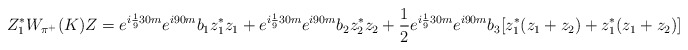
\begin{align*}Z_1^*W_{\pi^+}(K)Z= e^{i \frac19 30 m}e^{i 90 m}b_1 z_1^*z_1 + e^{i \frac19 30 m}e^{i 90 m}b_2 z_2^*z_2+\frac12 e^{i \frac19 30 m}e^{i 90 m}b_3 [z_1^*(z_1+z_2)+ z_1^*(z_1+z_2)] \end{align*}